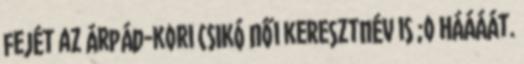
fejét az Árpád-kori CSIKÓ női keresztnév is ;o Háááát.